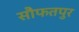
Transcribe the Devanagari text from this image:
सौफतपुर